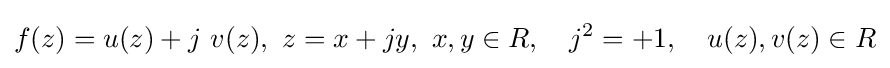
f(z)=u(z)+j\ v(z),\ z=x+jy,\ x,y\in R,\quad j^{2}=+1,\quad u(z),v(z)\in R